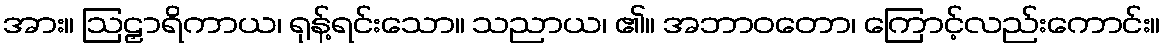
အား။ ဩဠှာရိကာယ၊ ရုန့်ရင်းသော။ သညာယ၊ ၏။ အဘာဝတော၊ ကြောင့်လည်းကောင်း။